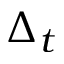
\Delta _ { t }